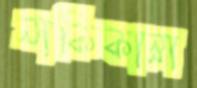
নাকিকান্না